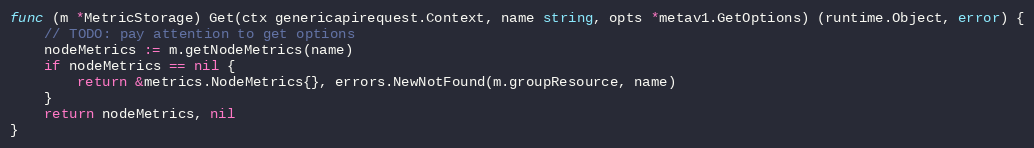
Language: Go
func (m *MetricStorage) Get(ctx genericapirequest.Context, name string, opts *metav1.GetOptions) (runtime.Object, error) {
	// TODO: pay attention to get options
	nodeMetrics := m.getNodeMetrics(name)
	if nodeMetrics == nil {
		return &metrics.NodeMetrics{}, errors.NewNotFound(m.groupResource, name)
	}
	return nodeMetrics, nil
}